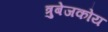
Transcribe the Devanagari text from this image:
त्रुबेजकोय